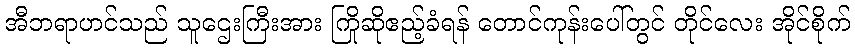
အီဘရာဟင်သည် သူဌေးကြီးအား ကြိုဆိုဧည့်ခံရန် တောင်ကုန်းပေါ်တွင် တိုင်လေး အိုင်စိုက်